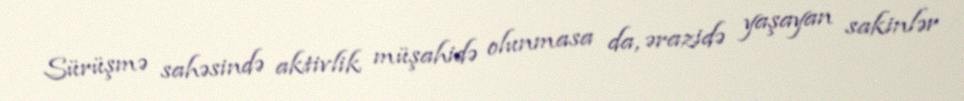
Sürüşmə sahəsində aktivlik müşahidə olunmasa da, ərazidə yaşayan sakinlər